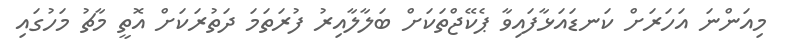
މިއަންނަ އަހަރަށް ކަނޑައަޅާފައިވާ ޕެކޭޖްތަަކަށް ބަލާލާއިރު ފުރަތަމަ ދަތުރަަކަށް އޮތީ މާޗު މަހުގައި